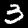
Digit: 3